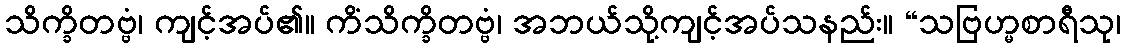
သိက္ခိတဗ္ဗံ၊ ကျင့်အပ်၏။ ကိံသိက္ခိတဗ္ဗံ၊ အဘယ်သို့ကျင့်အပ်သနည်း။ “သဗြဟ္မစာရီသု၊